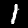
Label: 1